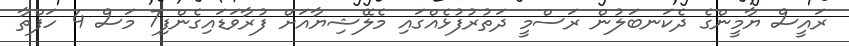
ރައީސް ޔާމީންގެ ދެކަނބަލުން ރަސްމީ ދަތުރުފުޅެއްގައި މެލޭޝިޔާއަށް ފުރާވަޑައިގެންފި7 މަސް 4 ހަފްތާ